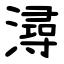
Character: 潯